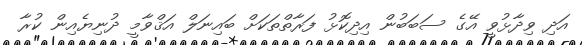
އަދި ވިދާޅުވީ އޭގެ ސަބަބުން އިދިކޮޅު ފަރާތްތަކަށް ބައިނަލް އަޤްވާމީ ދުނިޔެއިން ކުރާ